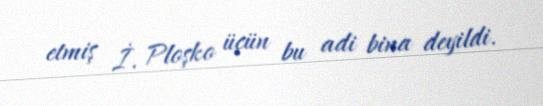
etmiş İ. Ploşko üçün bu adi bina deyildi.